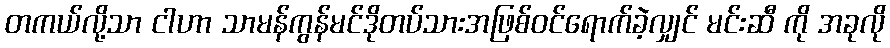
တကယ်လို့သာ ငါဟာ သာမန်ကွန်မင်ဒိုတပ်သားအဖြစ်ဝင်ရောက်ခဲ့လျှင် မင်းဆီ ကို အခုလို